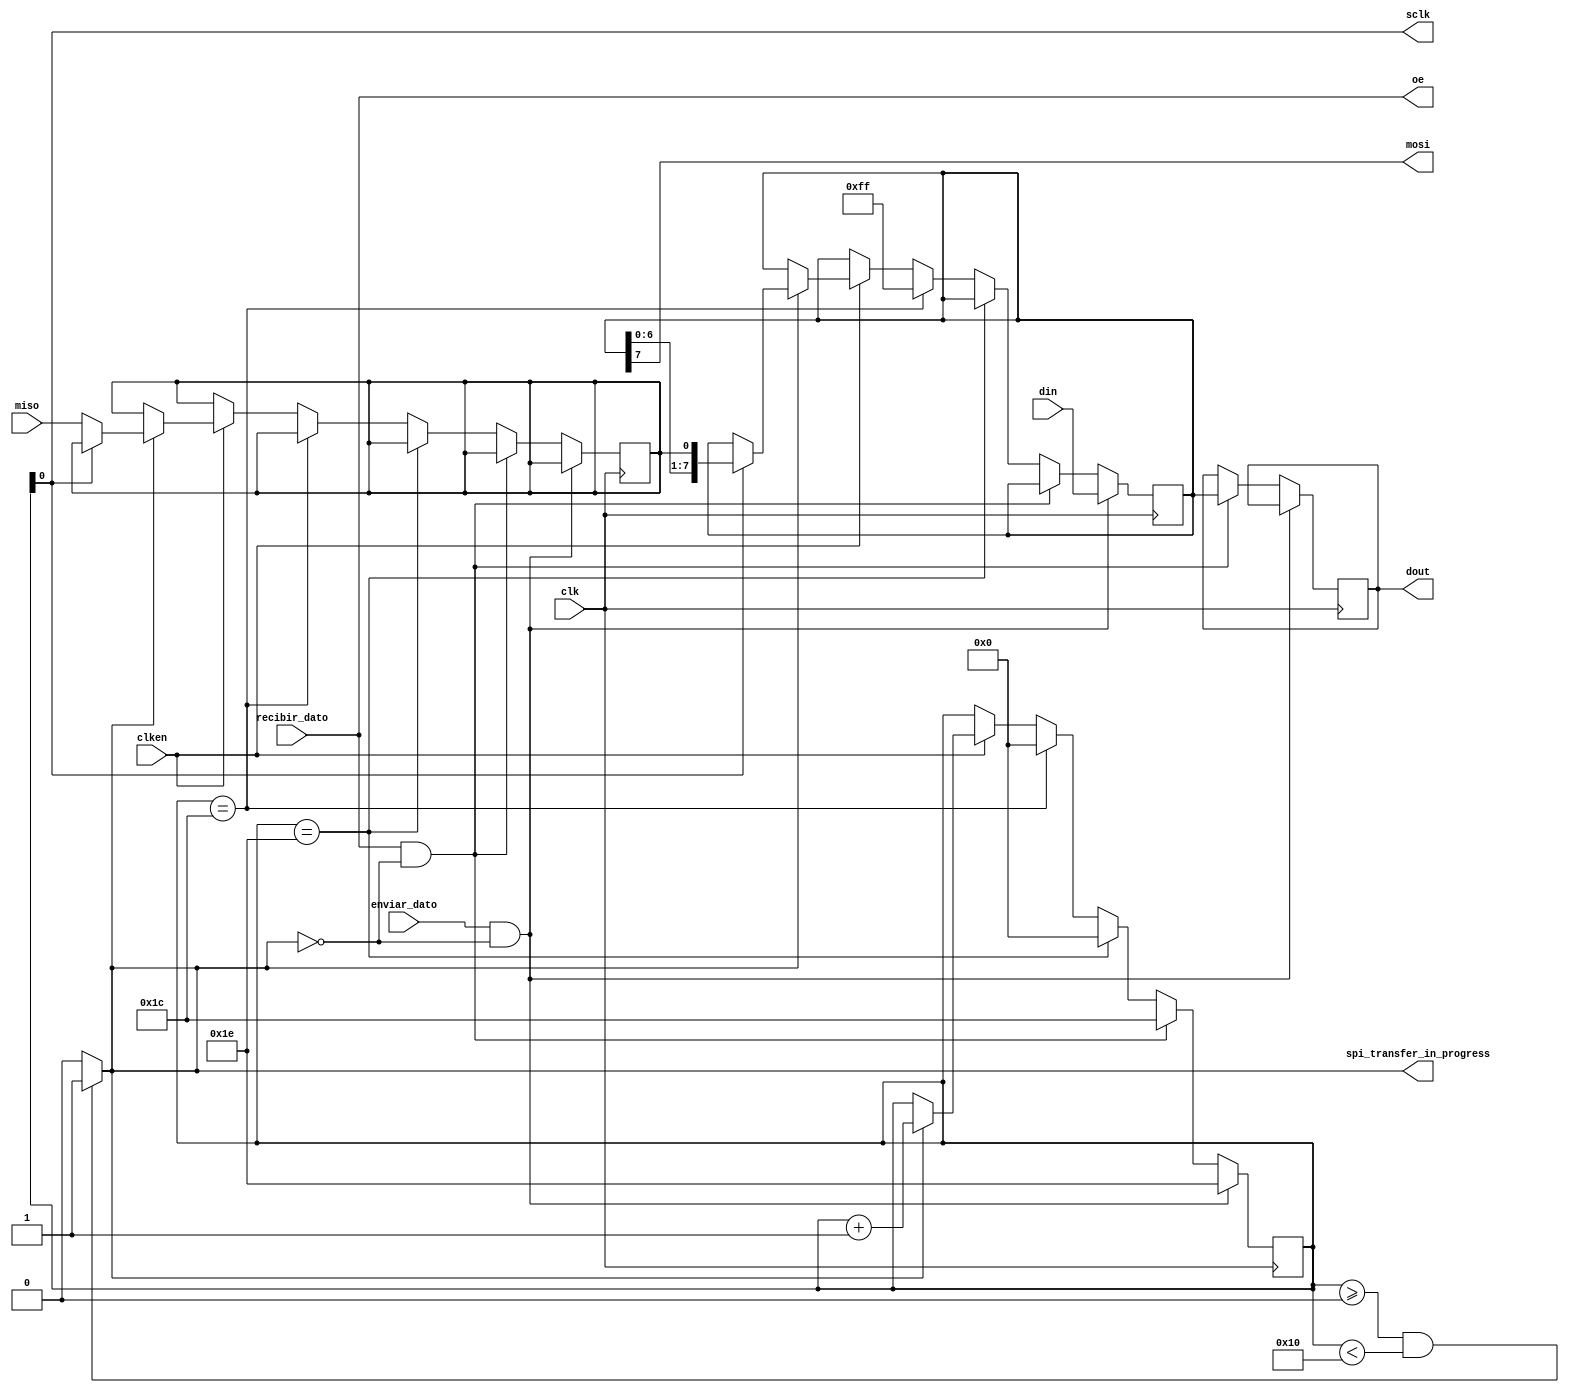
`timescale 1ns / 1ns
`default_nettype none

//    This file is part of the ZXUNO Spectrum core. 
//    Creation date is 23:49:58 2020-02-27 by Miguel Angel Rodriguez Jodar
//    (c)2014-2020 ZXUNO association.
//    ZXUNO official repository: http://svn.zxuno.com/svn/zxuno
//    Username: guest   Password: zxuno
//    Github repository for this core: https://github.com/mcleod-ideafix/zxuno_spectrum_core
//
//    ZXUNO Spectrum core is free software: you can redistribute it and/or modify
//    it under the terms of the GNU General Public License as published by
//    the Free Software Foundation, either version 3 of the License, or
//    (at your option) any later version.
//
//    ZXUNO Spectrum core is distributed in the hope that it will be useful,
//    but WITHOUT ANY WARRANTY; without even the implied warranty of
//    MERCHANTABILITY or FITNESS FOR A PARTICULAR PURPOSE.  See the
//    GNU General Public License for more details.
//
//    You should have received a copy of the GNU General Public License
//    along with the ZXUNO Spectrum core.  If not, see <https://www.gnu.org/licenses/>.
//
//    Any distributed copy of this file must keep this notice intact.

module spi (
  input wire clk,         // 
  input wire clken,       //
  input wire enviar_dato, // a 1 para indicar que queremos enviar un dato por SPI
  input wire recibir_dato,// a 1 para indicar que queremos recibir un dato
  input wire [7:0] din,   // del bus de datos de salida de la CPU
  output reg [7:0] dout,  // al bus de datos de entrada de la CPU
  output wire oe,         // el dato en dout es vlido
  output reg spi_transfer_in_progress,
   
  output wire sclk,       // Interface SPI
  output wire mosi,       //
  input wire miso         //
  );
  
  reg [7:0] spireg = 8'hFF;
  reg [4:0] count = 5'b10000;
  reg data_from_miso = 1'b0;
  assign mosi = spireg[7];
  assign sclk = count[0];
  assign oe = recibir_dato;
  always @(posedge clk) begin
    if (enviar_dato == 1'b1 && spi_transfer_in_progress == 1'b0) begin
      spireg <= din;
      count <= 5'b11110;
    end
    else if (recibir_dato == 1'b1 && spi_transfer_in_progress == 1'b0) begin
      dout <= spireg;
      count <= 5'b11100;
    end
    else if (count == 5'b11110)
      count <= 5'b00000;
    else if (count == 5'b11100) begin
      count <= 5'b00000;
      spireg <= 8'hFF;
    end
    else if (clken == 1'b1) begin
      if (spi_transfer_in_progress == 1'b1) begin
        if (sclk == 1'b1)   // con SCLK a 1, en la transicin de 1 a 0, el registro se desplaza
          spireg <= {spireg[6:0], data_from_miso};
        else                // con SCLK a 0, en la transicin de 0 a 1, MISO se samplea
          data_from_miso <= miso;        
        count <= count + 5'd1;
      end
    end
  end
  
  always @* begin
    if (count >= 5'b0000 && count < 5'b10000)
      spi_transfer_in_progress = 1'b1;
    else
      spi_transfer_in_progress = 1'b0;
  end
endmodule